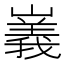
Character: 㠖